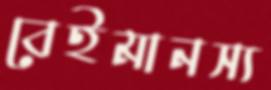
বেইমানস্য